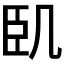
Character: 𠙉